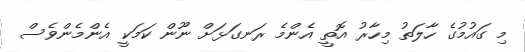
މި ގައުމުގެ ހާލަތު މިހާރު އޮތީ އެންމެ ރަނގަޅަށް ނޫން ކަމަކީ އެންމެންވެސް